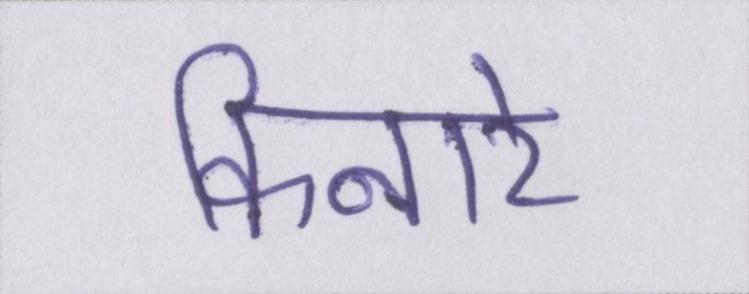
किनारे